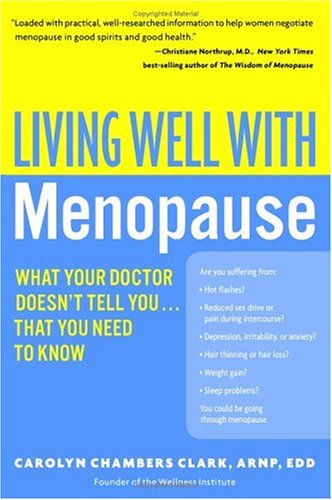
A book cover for Living Well with Menopause: What Your Doctor Doesn't Tell You...That You Need To Know (Living Well (Collins)); Carolyn Chambers Clark; Health, Fitness & Dieting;